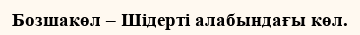
Бозшакөл – Шідерті алабындағы көл.